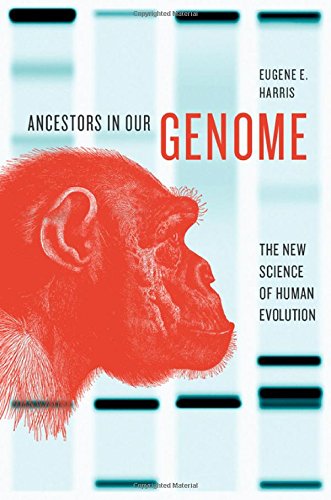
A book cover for Ancestors in Our Genome: The New Science of Human Evolution; Eugene E. Harris; Medical Books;